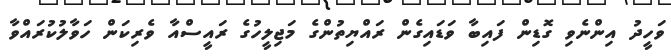
ވަހީދު އިންނެވި ގޮޑިން ފައިބާ ވަޑައިގެން ރައްޔިތުންގެ މަޖިލީހުގެ ރައީސްއާ ވެރިކަން ހަވާލުކުރައްވާ